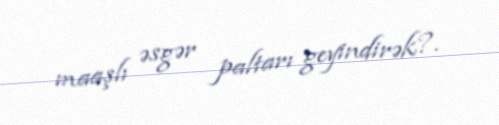
maaşlı əsgər paltarı geyindirək?.